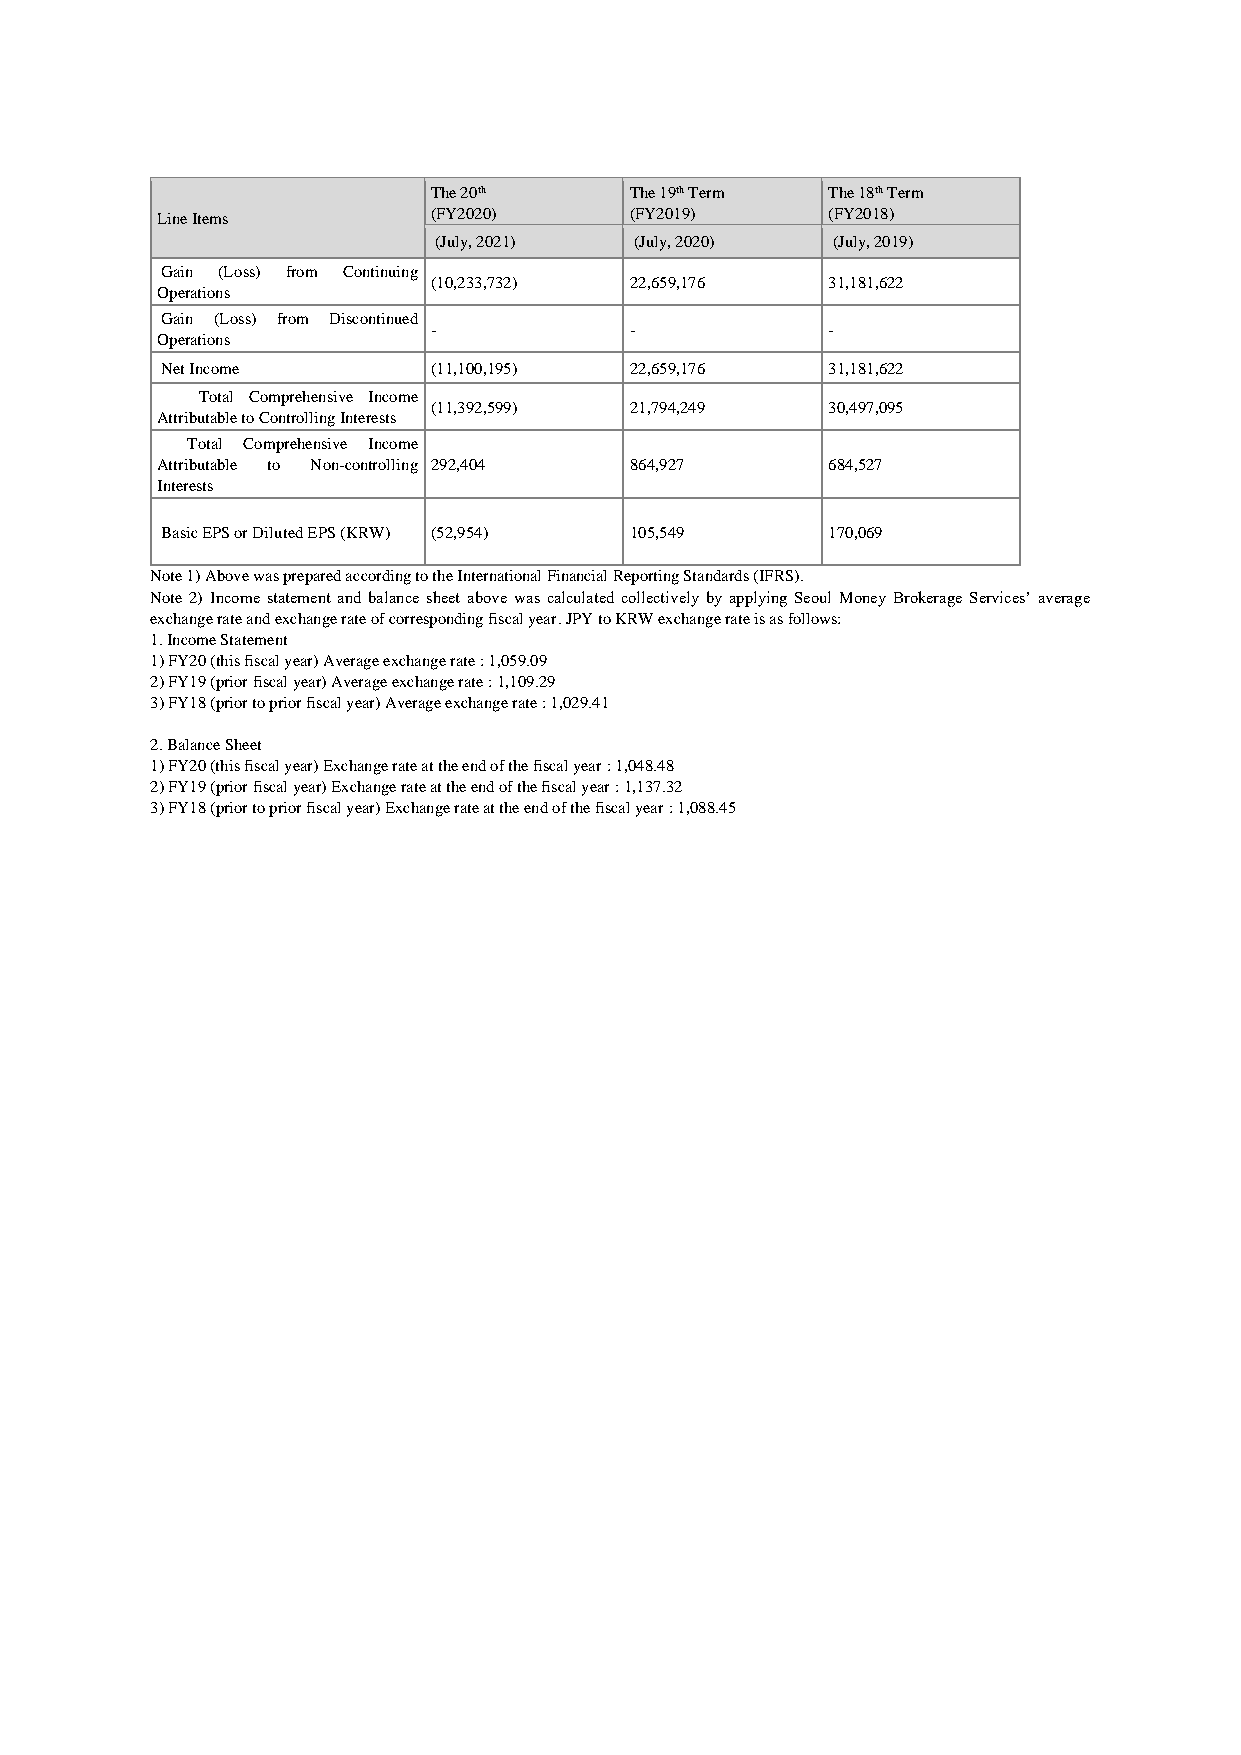
The 20th     The 19th Term The 18th Term
 Line Items         (FY2020)     (FY2019)     (FY2018)
 (July, 2021) (July, 2020) (July, 2019)
 Gain (Loss) from Continuing
 (10,233,732) 22,659,176   31,181,622
 Operations
 Gain (Loss) from Discontinued
 -            -            -
 Operations
 Net Income        (11,100,195) 22,659,176   31,181,622
 Total Comprehensive Income
 (11,392,599) 21,794,249   30,497,095
 Attributable to Controlling Interests
 Total Comprehensive Income
 Attributable to Non-controlling 292,404 864,927 684,527
 Interests
 Basic EPS or Diluted EPS (KRW) (52,954) 105,549 170,069
 Note 1) Above was prepared according to the International Financial Reporting Standards (IFRS).
 Note 2) Income statement and balance sheet above was calculated collectively by applying Seoul Money Brokerage Services’ average
 exchange rate and exchange rate of corresponding fiscal year. JPY to KRW exchange rate is as follows:
 1. Income Statement
 1) FY20 (this fiscal year) Average exchange rate : 1,059.09
 2) FY19 (prior fiscal year) Average exchange rate : 1,109.29
 3) FY18 (prior to prior fiscal year) Average exchange rate : 1,029.41
 2. Balance Sheet
 1) FY20 (this fiscal year) Exchange rate at the end of the fiscal year : 1,048.48
 2) FY19 (prior fiscal year) Exchange rate at the end of the fiscal year : 1,137.32
 3) FY18 (prior to prior fiscal year) Exchange rate at the end of the fiscal year : 1,088.45